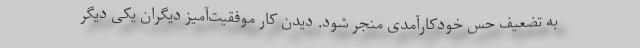
به تضعیف حس خودکارآمدی منجر شود. دیدن کار موفقیت‌آمیز دیگران یکی دیگر